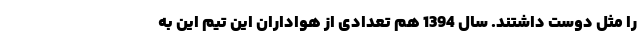
را مثل دوست داشتند. سال 1394 هم تعدادی از هواداران این تیم این به